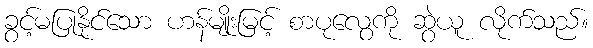
ခွင့်မပြုနိုင်သော ဟန်မျိုးမြင့် စာပုလွေကို ဆွဲယူ လိုက်သည်။